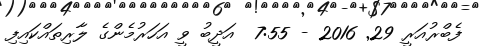
ފެބްރުއަރީ 29